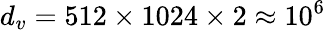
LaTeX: d_{v}=512\times 1024\times 2\approx 10^{6}